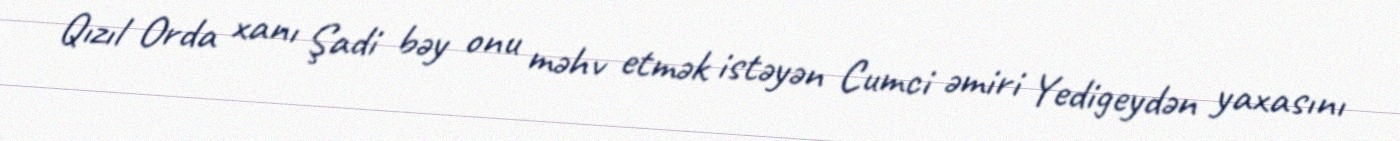
Qızıl Orda xanı Şadi bəy onu məhv etmək istəyən Cumci əmiri Yedigeydən yaxasını